Report on lock hospitals in British Burma
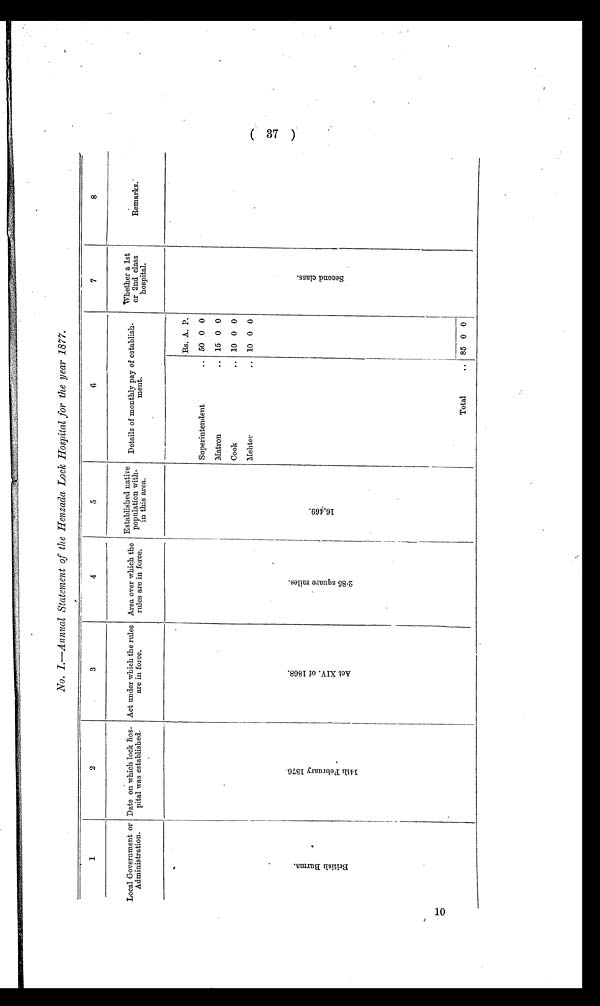
1
2
3
4
5
6
7
8
Local Government or
Administration.
Date on which lock hos-
pital was established.
Act under which the rules
are in force.
Area over which the
rules are in force.
Established native
population with-
in this area.
Details of monthly pay of establish-
ment.
Whether a 1st
or 2nd class
hospital.
Remarks.
B r i t i s h B u r m a .
1 4 t h F e b r u a r y 1 8 7 6 .
A c t X I V . o f 1 8 6 8 .
2 . 8 5 s q u a r e m i l e s .
1 6 , 4 6 9 .
Rs. A. P.
S e c o n d c l a s s
Superintendent
.. 50 0 0
Matron
.. 15 0 0
Cook ..
10 0 0
Mehter
.. 100 0
Total
.. 85 0 0
No. I.—Annual Statement of the Henzada Lock Hospital for the year 1877.